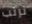
نرتب